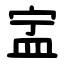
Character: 㿾